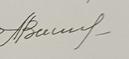
Signature authenticity: genuine